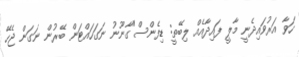
ހަވާ އަރުވައިދެނީ މާލީ ފައިދާއެއް ލިބޭތީ: ޑިފެންސް"ގާނޫނު ނަގަހައްޓަން ބޭރުން ނަގަން ޖެހޭ